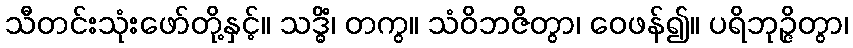
သီတင်းသုံးဖော်တို့နှင့်။ သဒ္ဓိံ၊ တကွ။ သံဝိဘဇိတွာ၊ ဝေဖန်၍။ ပရိဘုဉ္ဇိတွာ၊